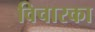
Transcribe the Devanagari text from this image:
विचारका